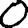
Digit: 0